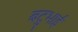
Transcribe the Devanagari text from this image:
बटुभाई